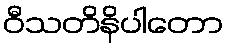
ဝီသတိနိပါတော